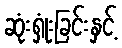
ဆုံးရှုံးခြင်းနှင့်